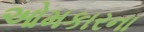
ઓમકારના